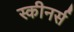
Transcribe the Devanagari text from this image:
स्कीनर्स